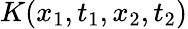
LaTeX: K(x_{1},t_{1},x_{2},t_{2})